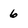
Character: 6